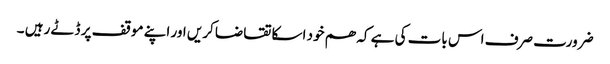
ضرورت صرف اس بات کی ہے کہ ھم خود اسکا تقاضا کریں اور اپنے موقف پر ڈٹے رہیں ۔